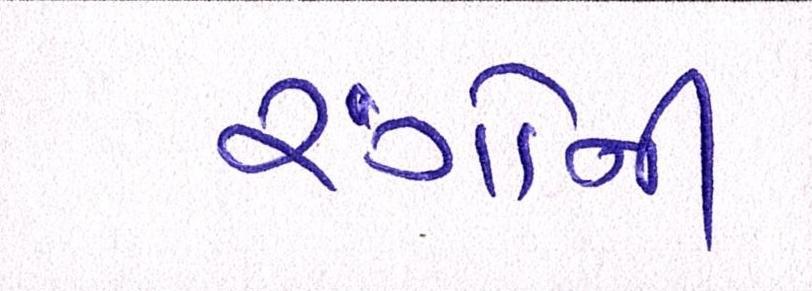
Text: રંગોની